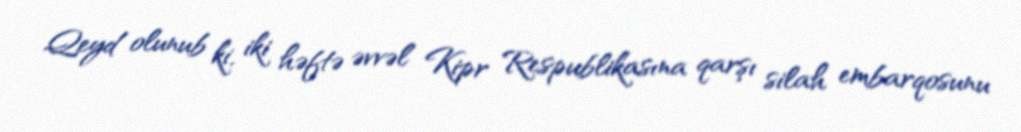
Qeyd olunub ki, iki həftə əvvəl Kipr Respublikasına qarşı silah embarqosunu